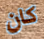
كان